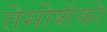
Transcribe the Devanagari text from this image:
तेमोशेंको